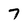
Character: 7